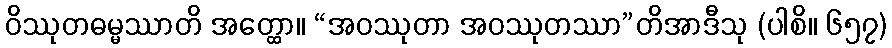
ဝိဿုတဓမ္မဿာတိ အတ္ထော။ “အဝဿုတာ အဝဿုတဿာ”တိအာဒီသု (ပါစိ။ ၆၅၇)